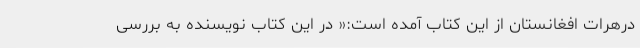
درهرات افغانستان از این کتاب آمده است:« در این کتاب نویسنده به بررسی